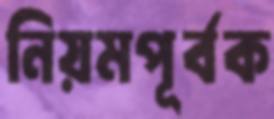
নিয়মপূর্বক